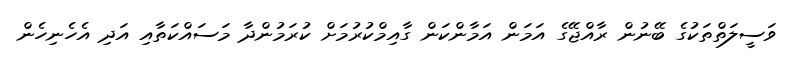
ވަސީލަތްތަކުގެ ބޭނުން ރާއްޖޭގެ އަމަން އަމާންކަން ގާއިމްކުރުމަށް ކުރަމުންދާ މަސައްކަތާއި އަދި އެހެނިހެން